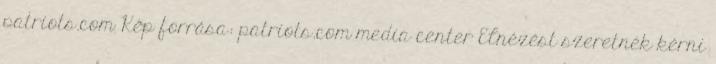
patriots.com Kép forrása: patriots.com media center Elnézést szeretnék kérni